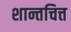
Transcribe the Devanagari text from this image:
शान्तचित्त